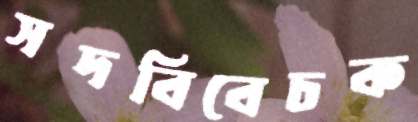
সদবিবেচক